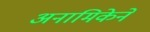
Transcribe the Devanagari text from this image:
अनामिकेने